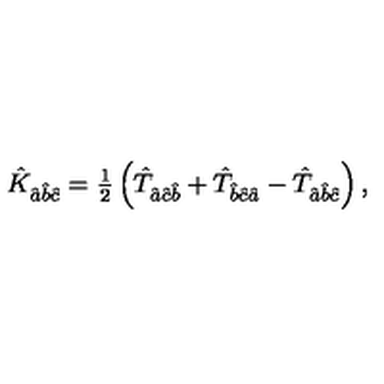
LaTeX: \hat { K } _ { \hat { a } \hat { b } \hat { c } } = { \textstyle \frac { 1 } { 2 } } \left( \hat { T } _ { \hat { a } \hat { c } \hat { b } } + \hat { T } _ { \hat { b } \hat { c } \hat { a } } - \hat { T } _ { \hat { a } \hat { b } \hat { c } } \right) ,